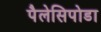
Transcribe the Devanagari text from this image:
पैलेसिपोडा